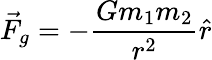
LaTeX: {\vec{F}}_{g}=-{\frac{Gm_{1}m_{2}}{r^{2}}}{\hat{r}}